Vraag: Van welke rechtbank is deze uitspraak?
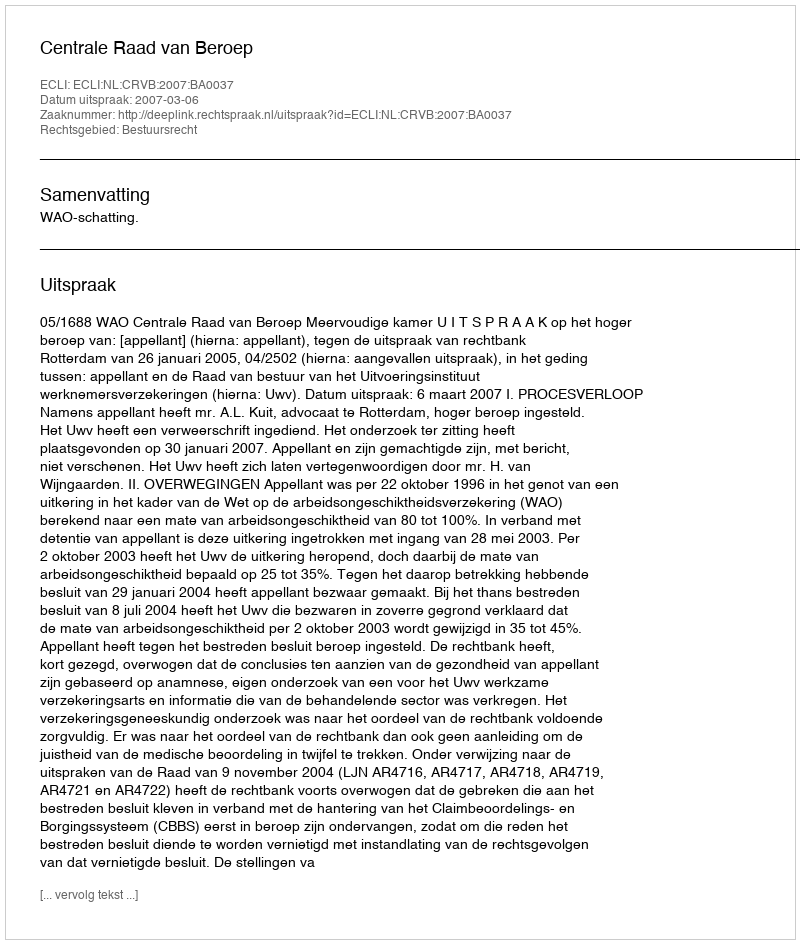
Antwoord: Centrale Raad van Beroep